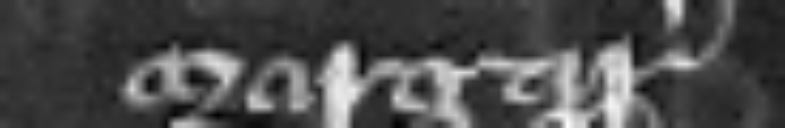
Margareta